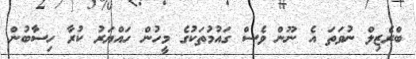
ބްރެޒިލް ނުވަތަ އެ ނޫން ވެސް ގައުމުތަކުގެ މީހުން ހައްޔަރު ކުރާ ހިސާބުން